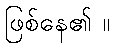
ဖြစ်နေ၏ ။